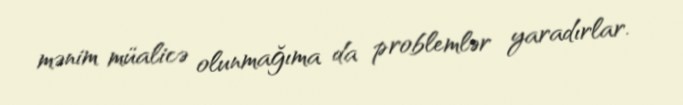
mənim müalicə olunmağıma da problemlər yaradırlar.